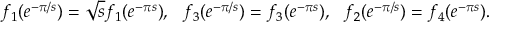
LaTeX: f _ { 1 } ( e ^ { - \pi / s } ) = \sqrt { s } f _ { 1 } ( e ^ { - \pi s } ) , ~ ~ f _ { 3 } ( e ^ { - \pi / s } ) = f _ { 3 } ( e ^ { - \pi s } ) , ~ ~ f _ { 2 } ( e ^ { - \pi / s } ) = f _ { 4 } ( e ^ { - \pi s } ) .